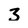
Character: 3